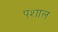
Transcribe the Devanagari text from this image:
पशाल